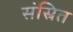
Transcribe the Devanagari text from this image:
संस्रित